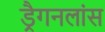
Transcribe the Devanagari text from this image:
ड्रैगनलांस